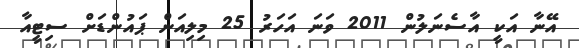
އޭނާ އަކީ އާސެނަލުން 2011 ވަނަ އަހަރު 25 މިލިއަން ޕައުންޑަށް ސިޓީއާ